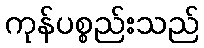
ကုန်ပစ္စည်းသည်